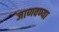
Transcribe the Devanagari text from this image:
जाणवण्या